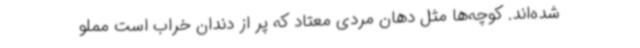
شده‌اند. کوچه‌ها مثل دهان مردی معتاد که پر از دندان خراب است مملو